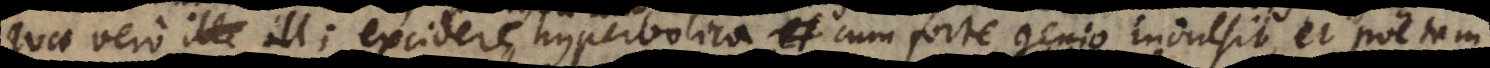
quae vero illi excidere hyperbolica cum forte genio indulsit, et po